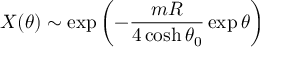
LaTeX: X ( \theta ) \sim \exp \left( - \frac { m R } { 4 \cosh \theta _ { 0 } } \exp \theta \right)